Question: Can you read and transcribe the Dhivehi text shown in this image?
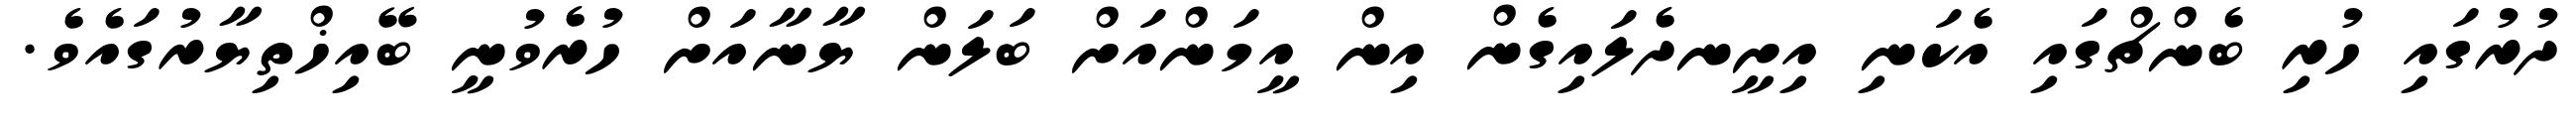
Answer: ދުރުގައި ހުރި ބެންޗްގައި އެކަނި އިށީނދެލައިގެން އިން އީމަންއަށް ބަލަން ޔާނާއަށް ހުރެވުނީ ބޭއިޚްތިޔާރުގައެވެ.